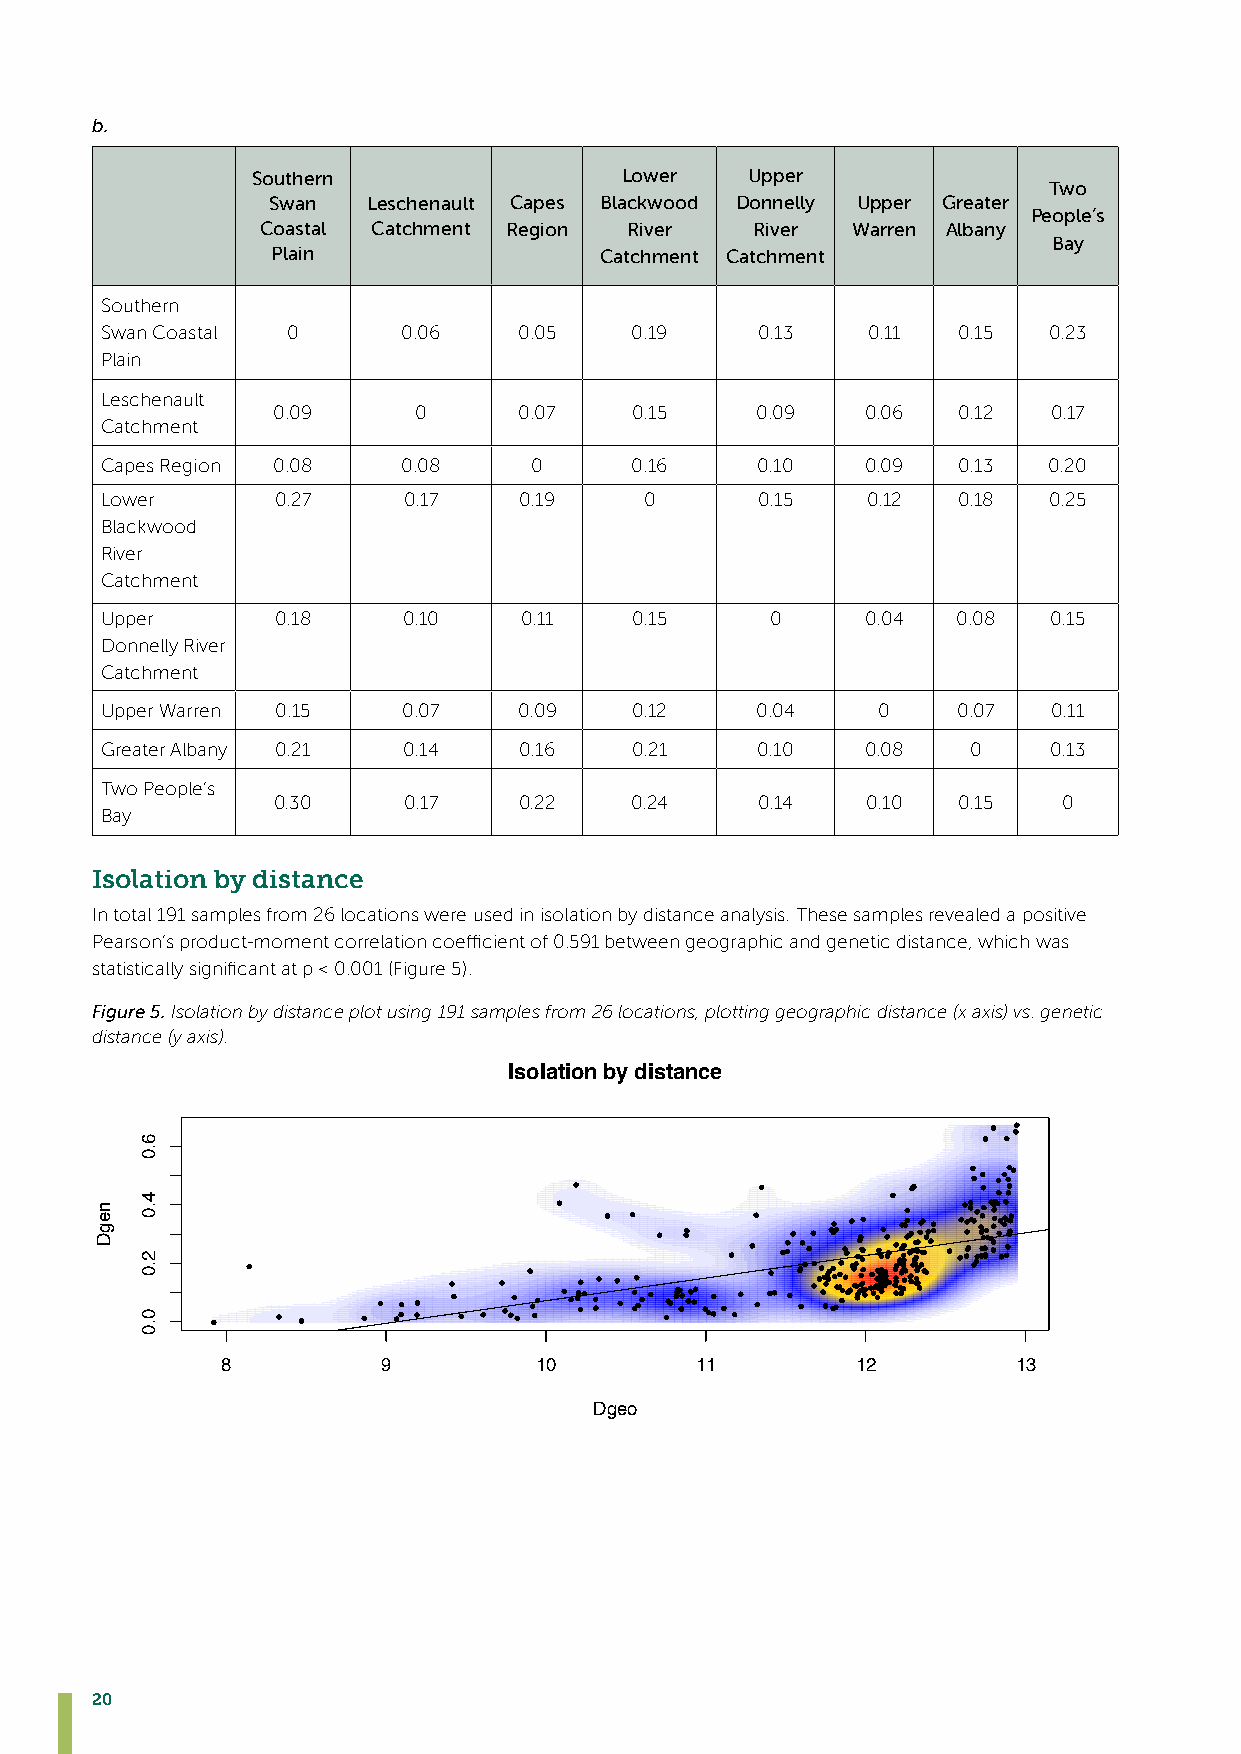
b.
 Southern                Lower   Upper
 Two
 Swan  Leschenault Capes Blackwood Donnelly Upper Greater
 People’s
 Coastal Catchment Region River   River Warren Albany
 Bay
 Plain                 Catchment Catchment
 Southern
 Swan Coastal 0      0.06   0.05    0.19    0.13   0.11  0.15  0.23
 Plain
 Leschenault
 0.09     0      0.07    0.15    0.09   0.06  0.12   0.17
 Catchment
 Capes Region 0.08   0.08    0      0.16    0.10   0.09  0.13  0.20
 Lower      0.27     0.17   0.19     0      0.15   0.12  0.18  0.25
 Blackwood
 River
 Catchment
 Upper      0.18     0.10   0.11    0.15     0     0.04  0.08  0.15
 Donnelly River
 Catchment
 Upper Warren 0.15   0.07   0.09    0.12    0.04    0    0.07   0.11
 Greater Albany 0.21 0.14   0.16    0.21    0.10   0.08   0    0.13
 Two People’s
 0.30     0.17   0.22    0.24    0.14   0.10  0.15   0
 Bay
 Isolation by distance
 In total 191 samples from 26 locations were used in isolation by distance analysis. These samples revealed a positive
 Pearson’s product-moment correlation coefficient of 0.591 between geographic and genetic distance, which was
 statistically significant at p < 0.001 (Figure 5).
 Figure 5. Isolation by distance plot using 191 samples from 26 locations, plotting geographic distance (x axis) vs. genetic
 distance (y axis).
 Isolation by distance
 8         9         10         11         12        13
 Dgeo
 20
 negD
 6.0
 4.0
 2.0
 0.0